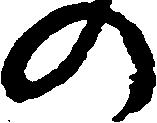
の